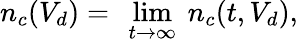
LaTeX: n_{c}(V_{d})=\ \underset{t\rightarrow\infty}{\operatorname*{lim}}\ n_{c}(t,V_{d}),